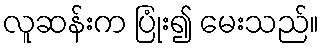
လူဆန်းက ပြုံး၍ မေးသည်။